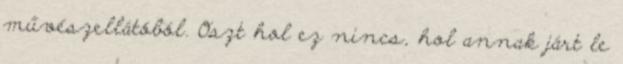
művészellátóból. Oszt hol ez nincs, hol annak járt le